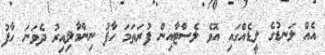
އެއް ލަނޑުގެ ލީޑެއްގައި އޮވެ ލެސްޓާއިން ފުރަތަމަ ހާފު ނިންމާލިއިރު ދެވަނަ ހާފު